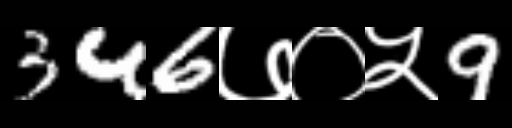
Text: 346७०५9